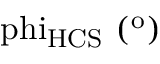
\mathrm { \ p h i _ { H C S } \ ( ^ { o } ) }